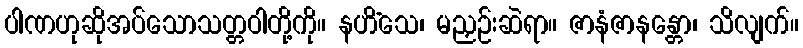
ပါဏဟုဆိုအပ်သောသတ္တဝါတို့ကို။ နဟိံသေ၊ မညှဉ်းဆဲရာ။ ဇာနံဇာနန္တော၊ သိလျက်။